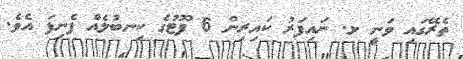
ތެރޭގައި ވަނީ ޅ. ނައިފަރު ކައިރިން 6 ފޫޓުގެ ކިނބުލެއް ފެނިފަ އެވެ.